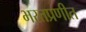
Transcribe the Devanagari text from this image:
भरतप्रणीत